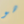
هو